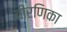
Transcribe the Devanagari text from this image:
वीरणिका